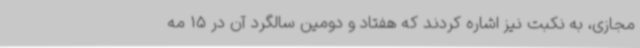
مجازی، به نکبت نیز اشاره کردند که هفتاد و دومین سالگرد آن در 15 مه